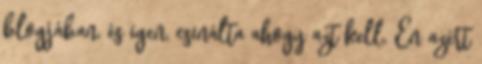
blogjában, és igen, csinálta ahogy azt kell. Én azért